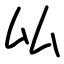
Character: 厸